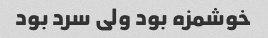
خوشمزه بود ولی سرد بود